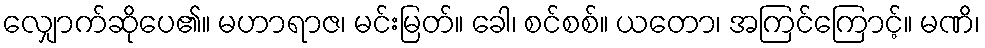
လျှောက်ဆိုပေ၏။ မဟာရာဇ၊ မင်းမြတ်။ ခေါ၊ စင်စစ်။ ယတော၊ အကြင်ကြောင့်။ မဏိ၊